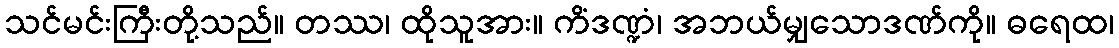
သင်မင်းကြီးတို့သည်။ တဿ၊ ထိုသူအား။ ကိံဒဏ္ဍံ၊ အဘယ်မျှသောဒဏ်ကို။ ဓရေထ၊